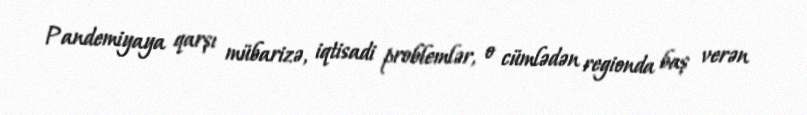
Pandemiyaya qarşı mübarizə, iqtisadi problemlər, o cümlədən regionda baş verən